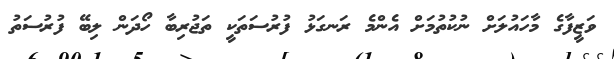
ވަޒީފާގެ މާހައުލަށް ނުކުތުމަށް އެންމެ ރަނގަޅު ފުރުސަތަކީ ތަޖުރިބާ ހޯދަން ލިބޭ ފުރުސަތު